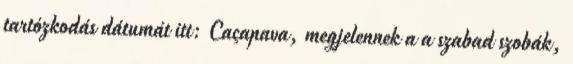
tartózkodás dátumát itt: Caçapava, megjelennek a a szabad szobák,